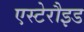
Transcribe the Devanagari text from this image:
एस्टेरौइड